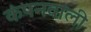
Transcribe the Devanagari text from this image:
कंपनवाली